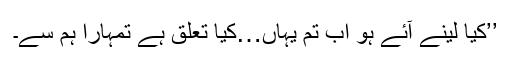
’’کیا لینے آئے ہو اب تم یہاں…کیا تعلق ہے تمہارا ہم سے۔